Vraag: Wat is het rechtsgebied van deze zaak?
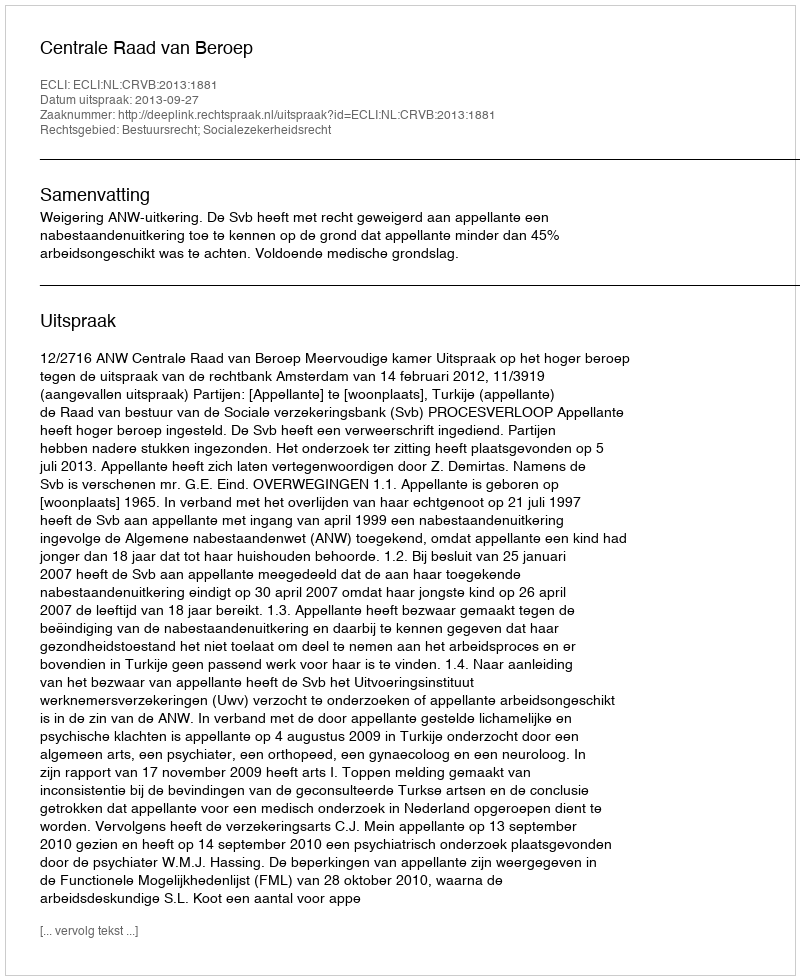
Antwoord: Bestuursrecht; Socialezekerheidsrecht